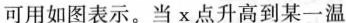
可用如图表示。当x点升高到某一温